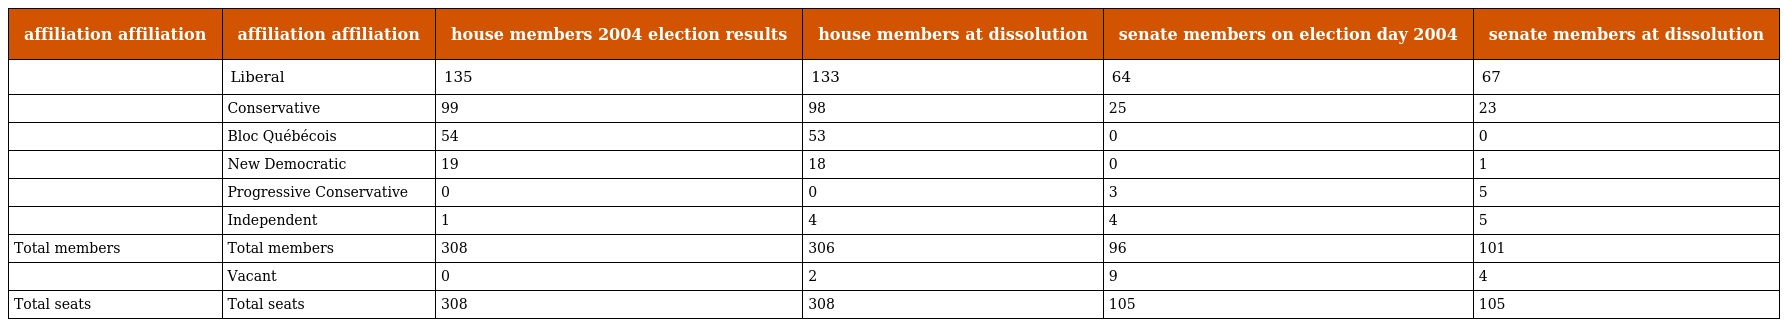
| affiliation affiliation | affiliation affiliation | house members 2004 election results | house members at dissolution | senate members on election day 2004 | senate members at dissolution |
 | --- | --- | --- | --- | --- | --- |
 |  | Liberal | 135 | 133 | 64 | 67 |
 |  | Conservative | 99 | 98 | 25 | 23 |
 |  | Bloc Québécois | 54 | 53 | 0 | 0 |
 |  | New Democratic | 19 | 18 | 0 | 1 |
 |  | Progressive Conservative | 0 | 0 | 3 | 5 |
 |  | Independent | 1 | 4 | 4 | 5 |
 | Total members | Total members | 308 | 306 | 96 | 101 |
 |  | Vacant | 0 | 2 | 9 | 4 |
 | Total seats | Total seats | 308 | 308 | 105 | 105 |